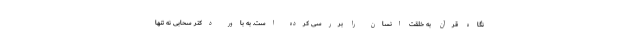
نگاه قرآن به خلقت انسان را بررسی کرده است. به باور دکتر سحابی نه تنها